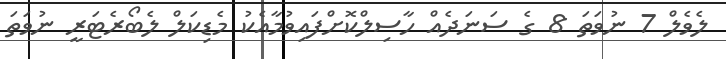
ލެވެލް 7 ނުވަތަ 8 ގެ ސަނަދެއް ހާސިލްކޮށްފައިވުމާއެކު މެޑިކަލް ލެބޯރެޓަރީ ނުވަތަ